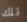
تلك